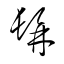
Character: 髥